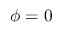
\phi = 0